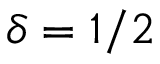
\delta = 1 / 2